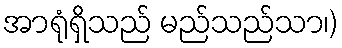
အာရုံရှိသည် မည်သည်သာ၊)